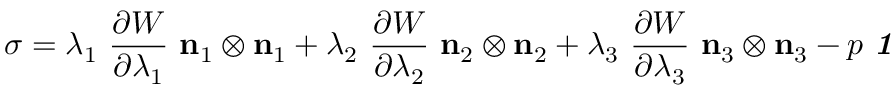
{ \boldsymbol { \sigma } } = \lambda _ { 1 } ~ { \frac { \partial W } { \partial \lambda _ { 1 } } } ~ \mathbf { n } _ { 1 } \otimes \mathbf { n } _ { 1 } + \lambda _ { 2 } ~ { \frac { \partial W } { \partial \lambda _ { 2 } } } ~ \mathbf { n } _ { 2 } \otimes \mathbf { n } _ { 2 } + \lambda _ { 3 } ~ { \frac { \partial W } { \partial \lambda _ { 3 } } } ~ \mathbf { n } _ { 3 } \otimes \mathbf { n } _ { 3 } - p ~ { \boldsymbol { \mathit { 1 } } }